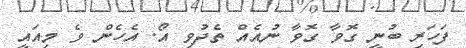
ފަހަރި ބުނީ ގޮވާ ގޮވާ ނުއެއް ތެދުވިި އޯ. އެހެން ވެ މިއައީ